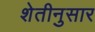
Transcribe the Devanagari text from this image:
शेतीनुसार